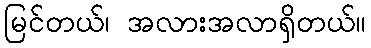
မြင်တယ်၊ အလားအလာရှိတယ်။